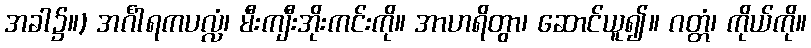
အခါ၌။) အင်္ဂါရကပလ္လံ၊ မီးကျီးအိုးကင်းကို။ အာဟရိတွာ၊ ဆောင်ယူ၍။ ဂတ္တံ၊ ကိုယ်ကို။